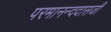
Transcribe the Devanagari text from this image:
परमानन्ददासजी